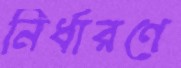
নির্ধারণে